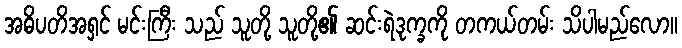
အဓိပတိအရှင် မင်းကြီး သည် သူတို့ သူတို့၏ ဆင်းရဲဒုက္ခကို တကယ်တမ်း သိပါမည်လော။